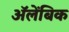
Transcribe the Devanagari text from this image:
अॅलेंबिक